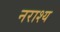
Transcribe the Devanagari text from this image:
नराश्य